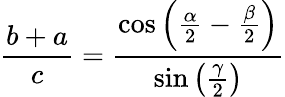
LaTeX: {\frac{b+a}{c}}={\frac{\cos\left({\frac{\alpha}{2}}-{\frac{\beta}{2}}\right)}{\sin\left({\frac{\gamma}{2}}\right)}}